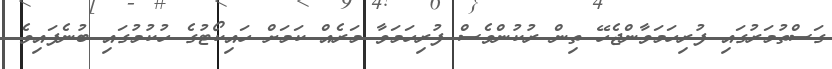
ގަސްތުމަރުގައި ފުރިހަމަވާންޖެހޭ ތިން ރުކުންވެސް ފުރިހަމަވާ މަރެއް ކަމަށް ހައިކޯޓުގެ ހުކުމުގައި ބުނެފައިވެ